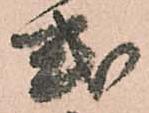
式